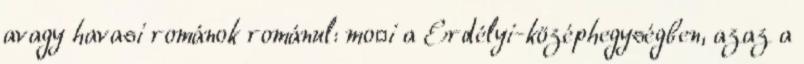
avagy havasi románok románul: moți a Erdélyi-középhegységben, azaz a